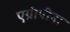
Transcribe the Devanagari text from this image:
एग्रीपीना